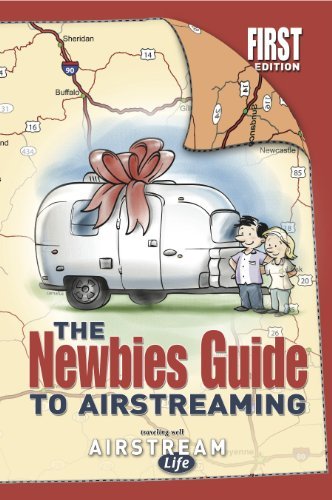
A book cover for Newbies Guide To Airstreaming; Rich Luhr; Sports & Outdoors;